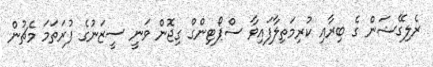
ރެލިގޭޝަން ގެ ބިރާއި ކުރިމަތިލާފައިވާ ސްޕޯޓިންގް ގިޖޮން ވަނީ ސީޒަނުގެ ފުރަތަމަ މެޗުން